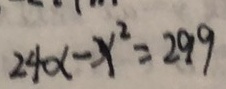
2 4 \alpha - x ^ { 2 } = 2 9 9